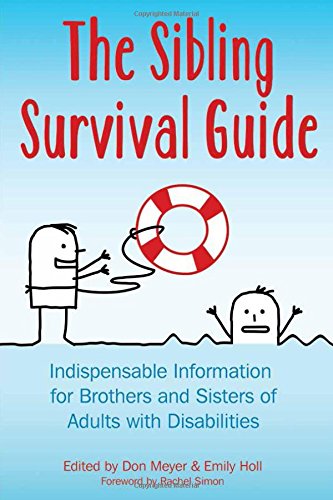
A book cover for The Sibling Survival Guide: Indispensable Information for Brothers and Sisters of Adults With Disabilities; Don Meyer; Parenting & Relationships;